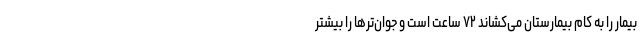
بیمار را به کام بیمارستان می‌کشاند ۷۲ ساعت است و جوان‌ترها را بیشتر